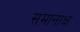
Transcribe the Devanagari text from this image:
समानाक्ष